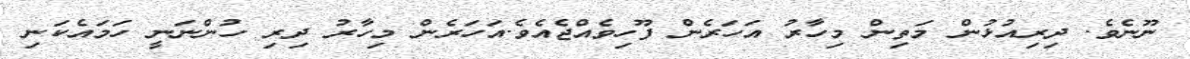
ނޫނެވެ. ދިރިއުޅުން މަތިން މިހާރު އަހަރެން ފޫހިވެއްޖެއެވެ.އަހަރެން މިހާރު ދިރި ހުންނަނީ ހަމައެކަނި